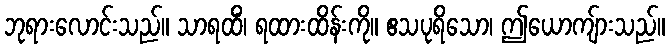
ဘုရားလောင်းသည်။ သာရထိံ၊ ရထားထိန်းကို။ ဧသပုရိသော၊ ဤယောကျ်ားသည်။